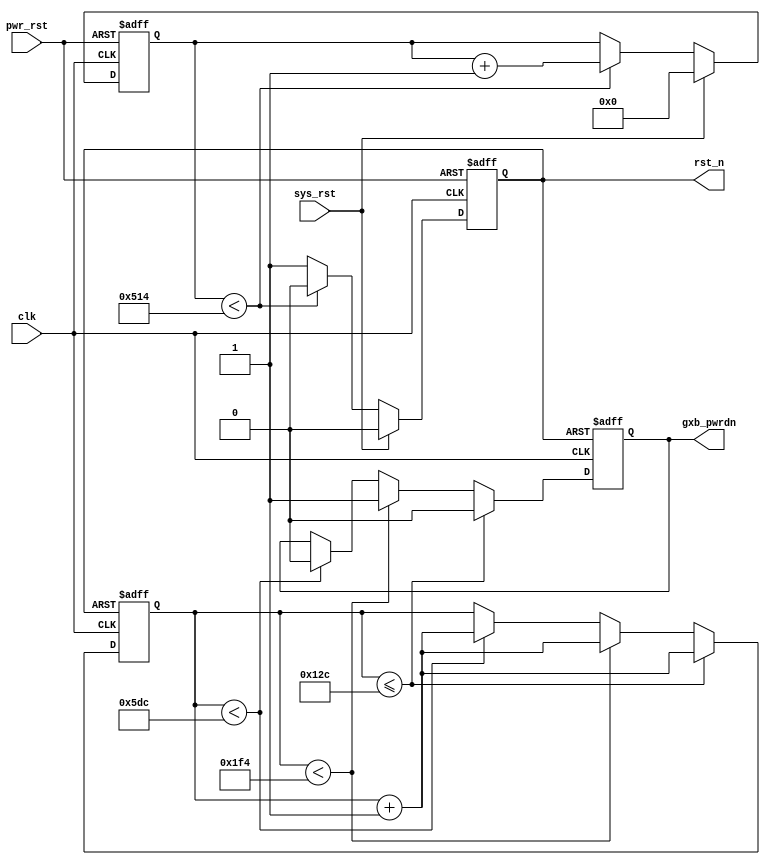
module rst_module (clk,pwr_rst,sys_rst,rst_n,gxb_pwrdn);

input clk;
input pwr_rst;
input sys_rst;
output wire  rst_n;
output wire  gxb_pwrdn;

reg [19:0]cnt;
reg rst_n_r;
always @(posedge clk or negedge pwr_rst)
begin
    if(!pwr_rst)
    begin
        cnt <= 20'd0;
        rst_n_r <= 1'b0;
    end
    else if ( sys_rst )
    begin
        cnt <= 20'd0;
        rst_n_r <= 1'b0;
    end
    else	if(cnt < 20'd1300)
    begin
        cnt <= cnt + 1'b1;
        rst_n_r <= 1'b0;
    end
    else
    begin
        rst_n_r <= 1'b1;
    end
end
assign rst_n = rst_n_r;


reg [15:0] gxb_cnt=16'd0;
reg gxb_pwrdn_r;
always @ (posedge clk or negedge rst_n)
begin
    if( !rst_n )	
    begin
        gxb_pwrdn_r <= 1'b0;
        gxb_cnt <= 16'd0;
    end
    else// if(start)
    begin
        if(gxb_cnt <= 16'd300)
        begin
            gxb_cnt <= gxb_cnt + 1'b1;
            gxb_pwrdn_r <= 1'b0;
        end
        else if(gxb_cnt < 16'd500)
        begin
            gxb_cnt <= gxb_cnt + 1'b1;
            gxb_pwrdn_r <= 1'b1;
        end
        else if (gxb_cnt < 16'd1500)
        begin
            gxb_cnt <= gxb_cnt + 1'b1;
            gxb_pwrdn_r <= 1'b0;
        end

    end
end

assign gxb_pwrdn = gxb_pwrdn_r ;
endmodule